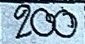
200